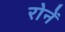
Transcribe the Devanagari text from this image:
रोनें